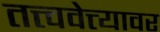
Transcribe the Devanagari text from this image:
तत्त्ववेत्त्यावर